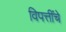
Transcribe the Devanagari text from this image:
विपत्तींचे